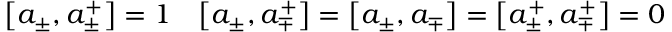
\bigl [ a _ { \pm } , a _ { \pm } ^ { + } \bigr ] = 1 \quad \bigl [ a _ { \pm } , a _ { \mp } ^ { + } \bigr ] = \bigl [ a _ { \pm } , a _ { \mp } \bigr ] = \bigl [ a _ { \pm } ^ { + } , a _ { \mp } ^ { + } \bigr ] = 0